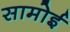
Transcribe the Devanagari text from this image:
सामोई